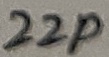
Text: 22p